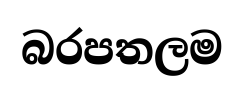
බරපතලම